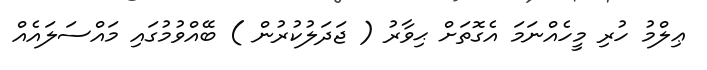
ޢިލްމު ހުރި މީހެއްނަމަ އެގޮތަށް ޙިވާރު ( ޖަދަލުކުރުން ) ބޭއްވުމުގައި މައްސަލައެއް